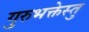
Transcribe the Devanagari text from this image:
गुरुभक्तेस्तु